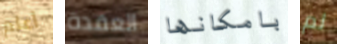
أعلم العقدة بامكانها لم